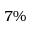
7 \%